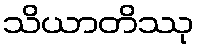
သိယာတိဿု